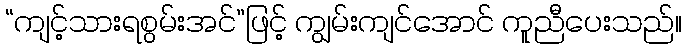
“ကျင့်သားရစွမ်းအင်”ဖြင့် ကျွမ်းကျင်အောင် ကူညီပေးသည်။